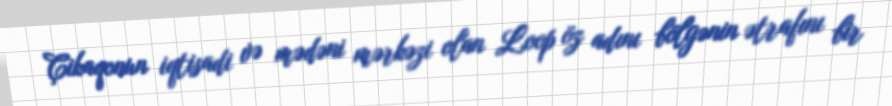
Çikaqonun iqtisadi və mədəni mərkəzi olan Loop öz adını bölgənin ətrafını bir